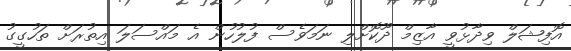
އޮފިޝަލް ވިދާޅުވީ އާޒިމް ދޫކޮށްލި ނަމަވެސް ފުލުހުން އެ މައްސަލަ އިތުރަށް ތަހުގީގު